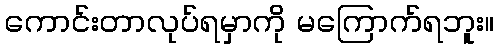
ကောင်းတာလုပ်ရမှာကို မကြောက်ရဘူး။